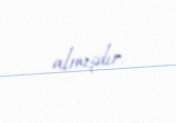
almışdır.